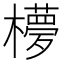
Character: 𣟃